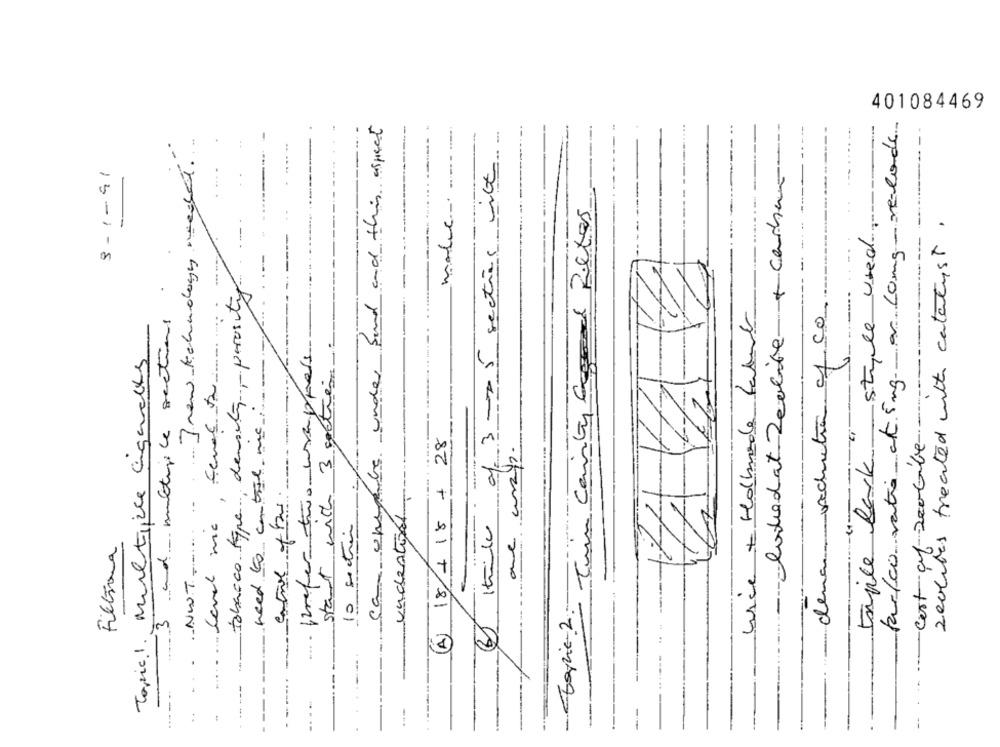
401084469
far/co vato et 5mg ar Long-velode
Ca. unepute under fund and this aspect
Inew technology meget.
while of 3-75 sections vilh
9-1-91
- lottodat Zerlife+ carhar
Tun Cainty agood Filters
triple lark style used
---
zeolites treated with catalyst.
tobacco type density, porosity
-
dena vecuentra c/ c0.
Wice + Holbrade Labent
-3 and multiple sections
Topic! Multiple Egackts
prefer two wrappers
start with 3 sections
need to control me
-Cost of 200Give
4 18+ 18 + 28
10 section
one way.
undestort
NWT -...
Filtrona
Topic-2.
..